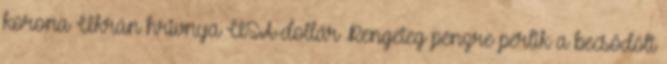
korona Ukrán hrivnya USA-dollár Rengeteg pénzre perlik a becsődölt